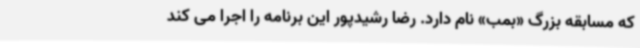
که مسابقه بزرگ «بمب» نام دارد. رضا رشیدپور این برنامه را اجرا می کند